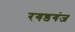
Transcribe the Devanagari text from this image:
रगडगंज